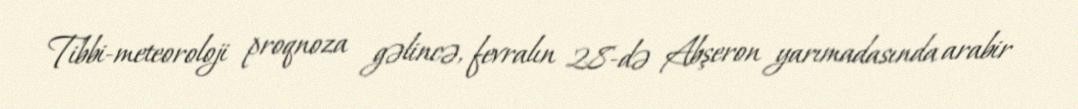
Tibbi-meteoroloji proqnoza gəlincə, fevralın 28-də Abşeron yarımadasında arabir